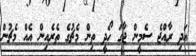
އަދި ރާއްޖެ ސެމީން ޖާގަ ހޯދީ ތިން މެޗުގެ ތެރެއިން އެއް މެޗުން